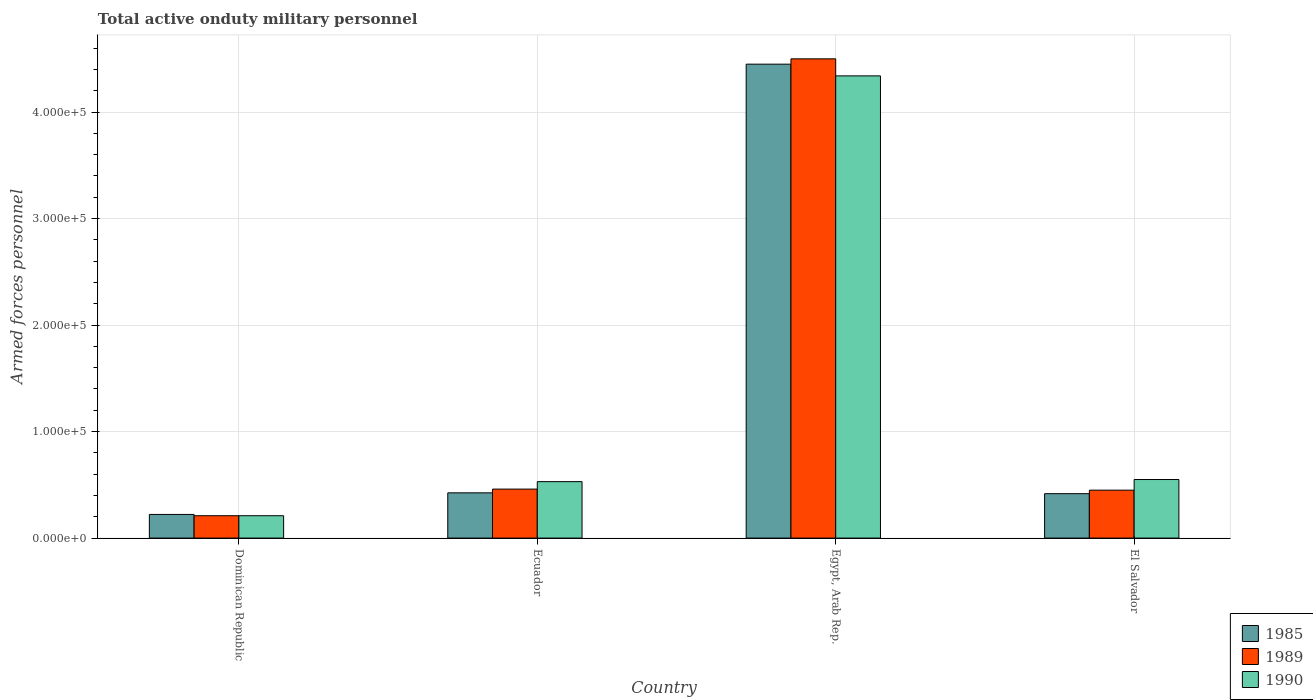
| Country | 1985 | 1989 | 1990 |
 | --- | --- | --- | --- |
 | Dominican Republic | 2.22e+04 | 2.1e+04 | 2.1e+04 |
 | Ecuador | 4.25e+04 | 4.6e+04 | 5.3e+04 |
 | Egypt, Arab Rep. | 4.45e+05 | 4.5e+05 | 4.34e+05 |
 | El Salvador | 4.17e+04 | 4.5e+04 | 5.5e+04 |